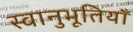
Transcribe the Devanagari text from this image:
स्वानुभूतियाँ